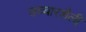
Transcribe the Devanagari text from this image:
उच्चारशैली